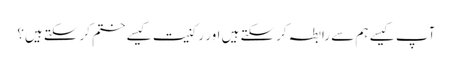
آپ کیسے ہم سے رابطہ کرسکتے ہیں اور رکنیت کیسے ختم کرسکتے ہیں؟